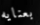
بعنايه